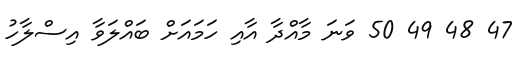
47 48 49 50 ވަނަ މާއްދާ އާއި ހަމައަށް ބައްލަވާ އިސްލާހު